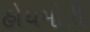
હોયમોટી